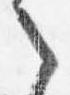
之